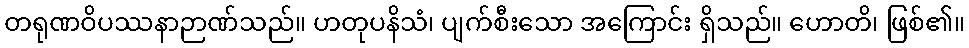
တရုဏဝိပဿနာဉာဏ်သည်။ ဟတုပနိသံ၊ ပျက်စီးသော အကြောင်း ရှိသည်။ ဟောတိ၊ ဖြစ်၏။